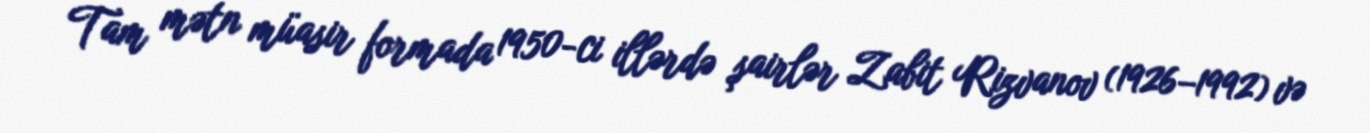
Tam mətn müasir formada 1950-ci illərdə şairlər Zabit Rizvanov (1926–1992) və